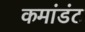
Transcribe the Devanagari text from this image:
कमांडंट